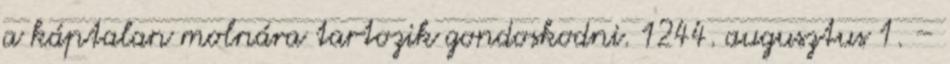
a káptalan molnára tartozik gondoskodni. 1244. augusztus 1. –